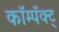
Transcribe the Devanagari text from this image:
कॉम्पॅक्ट्